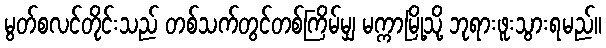
မွတ်စလင်တိုင်းသည် တစ်သက်တွင်တစ်ကြိမ်မျှ မက္ကာမြို့သို့ ဘုရားဖူးသွားရမည်။